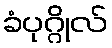
ခံပုဂ္ဂိုလ်